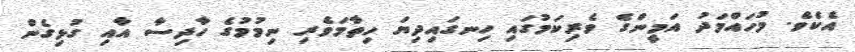
އެކެވެ. މުހައްމަދު އަމީންގެ ވެރިކަމުގައި ހިނގައިދިޔަ ހިތާމަވެރި ނިމުމުގެ ހާދިސާ އާއި ގުޅިގެން